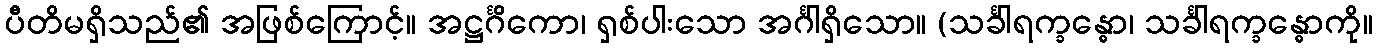
ပီတိမရှိသည်၏ အဖြစ်ကြောင့်။ အဋ္ဌင်္ဂိကော၊ ရှစ်ပါးသော အင်္ဂါရှိသော။ (သင်္ခါရက္ခန္ဓော၊ သင်္ခါရက္ခန္ဓောကို။